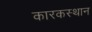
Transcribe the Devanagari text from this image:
कारकस्थान